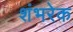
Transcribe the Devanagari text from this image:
शंभरेक